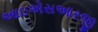
આઇએસઆરજી